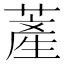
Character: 𦸰